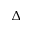
\Delta